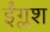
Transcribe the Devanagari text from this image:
ईंग्लश